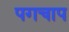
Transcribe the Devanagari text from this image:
पगचाप